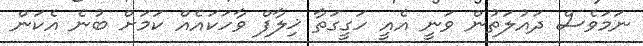
ނަމަވެސް ދައުލަތުން ވަނީ އެއީ ހަގީގަތާ ޚިލާފް ވާހަކައެއް ކަމަށް ބުނެ އެކަން